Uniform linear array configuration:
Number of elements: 32
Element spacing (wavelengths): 0.5
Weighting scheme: exponential
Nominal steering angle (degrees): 45
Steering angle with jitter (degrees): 45.755
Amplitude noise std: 0.05
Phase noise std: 0.05

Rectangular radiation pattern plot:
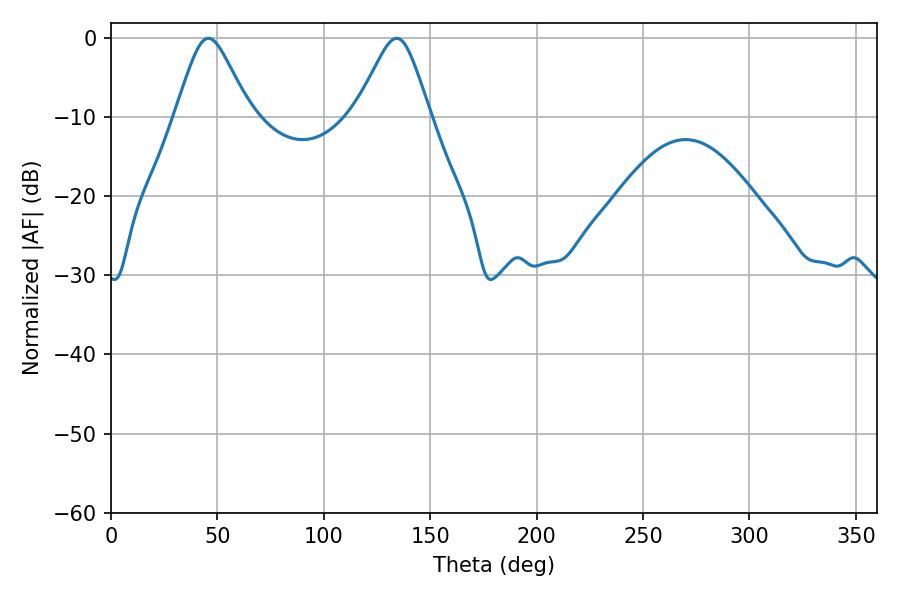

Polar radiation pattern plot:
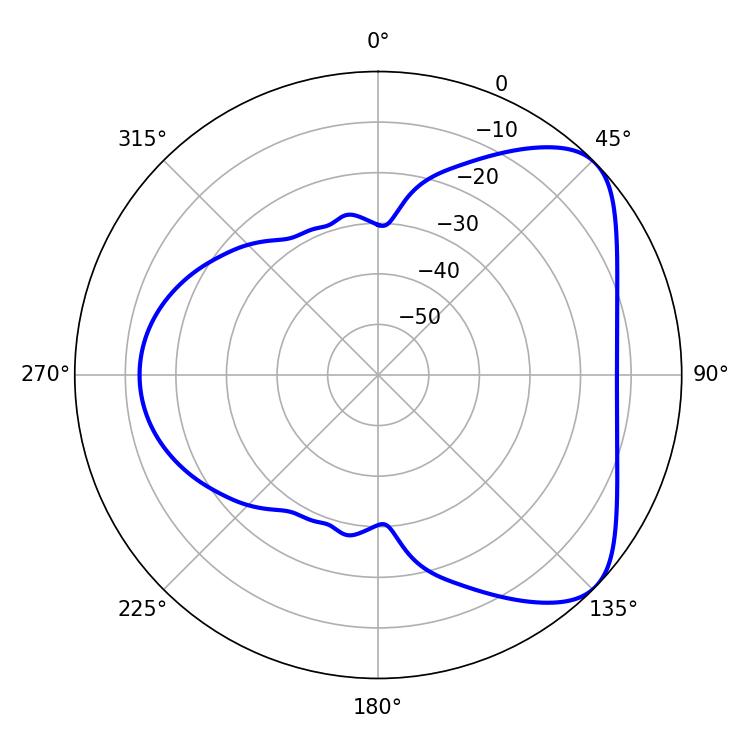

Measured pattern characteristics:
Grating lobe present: FALSE
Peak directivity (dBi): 5.933
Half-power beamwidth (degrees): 16.74
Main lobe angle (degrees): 45.72